Investigations into the jail dietaries of the United Provinces with some observations on the influence of dietary on the physical development and well-being of the people of the United Provinces - Number 48
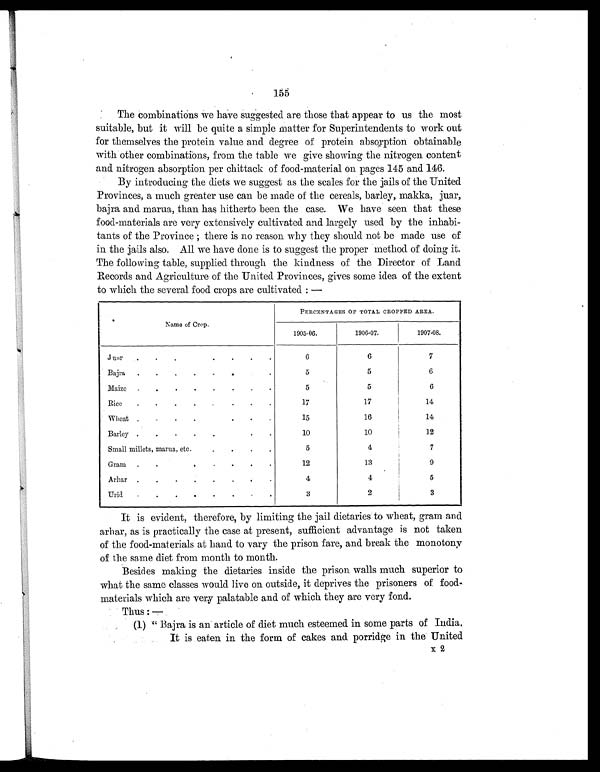
155
The combinations we have suggested are those that appear to us the most
suitable, but it will be quite a simple matter for Superintendents to work out
for themselves the protein value and degree of protein absorption obtainable
with other combinations, from the table we give showing the nitrogen content
and nitrogen absorption per chittack of food-material on pages 145 and 146.
By introducing the diets we suggest as the scales for the jails of the United
Provinces, a much greater use can be made of the cereals, barley, makka, juar,
bajra and manta, than has hitherto been the case. We have seen that these
food-materials are very extensively cultivated and largely used by the inhabi
-tants of the Province ; there is no reason why they should not be made use of
in the jails also. All we have done is to suggest the proper method of doing it.
The following table, supplied through the kindness of the Director of Land
Records and Agriculture of the United Provinces, gives some idea of the extent
to which the several food crops are cultivated :
Name of Crop.
PERCENTAGES OF TOTAL CROPPED AREA.
1905-06.
1906-07.
1907-08.
Jumr . . .
. . .
6
6
7
Bajra . . . . .
.
5
5
6
Maize . . . . . . . .
5
5
6
Rice . . . . .
. . .
17
17
14
Wheat . . . .
. .
15
16
14
Barley . . . . .
.
10
10
12
Small millets, marua, etc..
. . .
5
4
7
Gram . .
. . . .
12
13
9
Arhar . . . . . . .
.
4
4
5
Urid . . . . . . .
.
3
2
3
It is evident, therefore, by limiting the jail dietaries to wheat, gram and
arhar, as is practically the case at present, sufficient advantage is not taken
of the food-materials at hand to vary the prison fare, and break the monotony
of the same diet from month to month.
Besides making the dietaries inside the prison walls much superior to
what the same classes would live on outside, it deprives the prisoners of food-
materials which are very palatable and of which they are very fond.
Thus :—
(1) " Bajra is an article of diet much esteemed in some parts of India.
It is eaten in the form of cakes and porridge in the United
x2